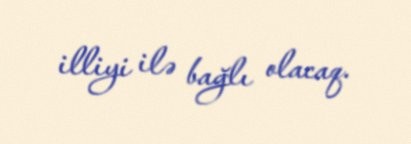
illiyi ilə bağlı olacaq.